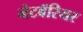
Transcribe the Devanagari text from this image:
नेटबॅरियर